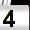
Digit: 4